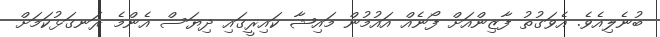
ބުނެލިއެވެ. އެވަގުތު ފާޒިންއަށް ފޯނެއް އައުމުން މައިޝާ ކައިރީގައި ދިޔަސް އެންމެ ރަނގަޅުކަމަށް